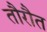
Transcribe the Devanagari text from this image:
तौरौत